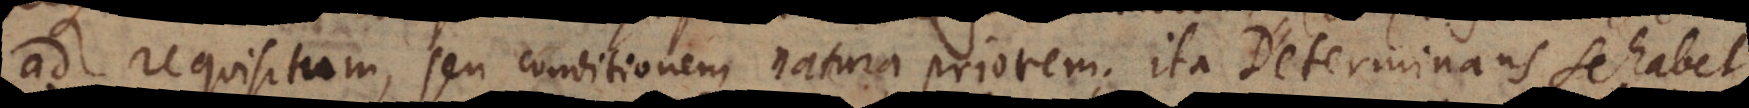
ad requisitum, seu conditionem natura priorem; ita Determinans se habet